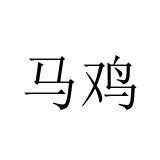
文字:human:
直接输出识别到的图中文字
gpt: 马鸡